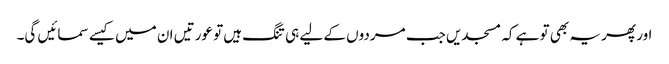
اور پھر یہ بھی تو ہے کہ مسجدیں جب مردوں کے لیے ہی تنگ ہیں تو عورتیں ان میں کیسے سمائیں گی۔